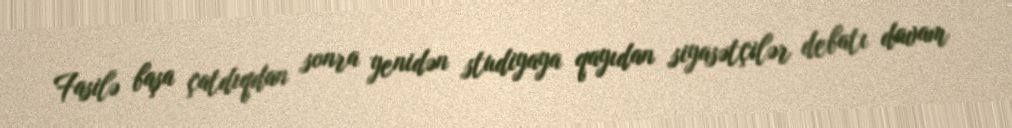
Fasilə başa çatdıqdan sonra yenidən studiyaya qayıdan siyasətçilər debatı davam